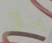
بناتي